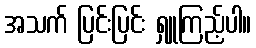
အသက် ပြင်းပြင်း ရှူကြည့်ပါ။